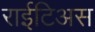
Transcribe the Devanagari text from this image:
राईटिअस